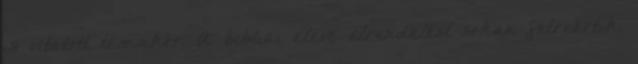
is vitatott témakör. A bibliai eleve elrendelést sokan félreértik,